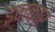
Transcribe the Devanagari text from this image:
इनक़ार